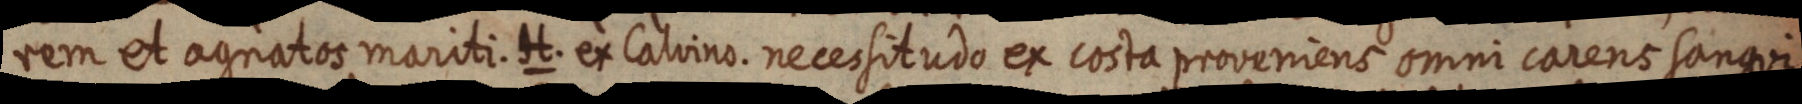
rem et agnatos mariti. H. ex Calvino. necessitudo ex costa proveniens omni carens sangui